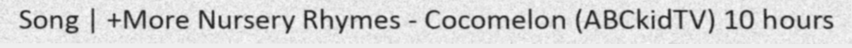
Song | +More Nursery Rhymes - Cocomelon (ABCkidTV) 10 hours